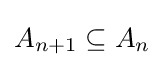
A_{n+1}\subseteq A_{n}